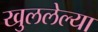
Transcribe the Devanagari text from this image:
खुललेल्या